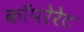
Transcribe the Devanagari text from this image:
कॉपरेरेट